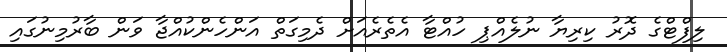
ލިފްޓްގެ ދޮރު ކިރިޔާ ނުލެއްޕި ހުއްޓާ އެތެރެއަށް ދެމިގަތް އަންހެންކުއްޖާ ވަން ބާރުމިނުގައި